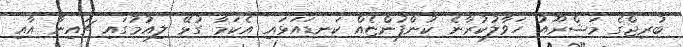
ބުރިޖްގެ މަޝްރޫއު ހަވާލުކުރާނެ ކުންފުންޏެއް ކަނޑައަޅައި އެކަމާ ގުޅޭ ލިއުމުގައި ޗައިނާ އާއި